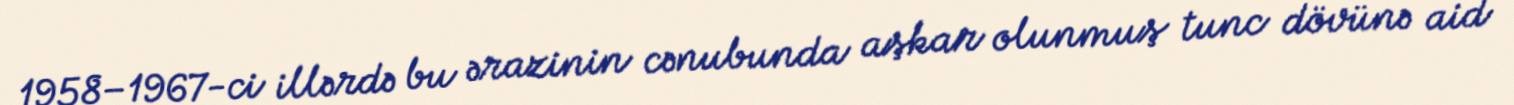
1958–1967-ci illərdə bu ərazinin cənubunda aşkar olunmuş tunc dövünə aid